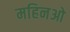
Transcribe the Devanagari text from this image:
महिनओ